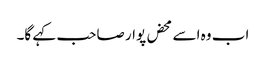
اب وہ اسے محض پوار صاحب کہے گا۔